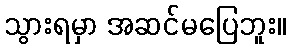
သွားရမှာ အဆင်မပြေဘူး။